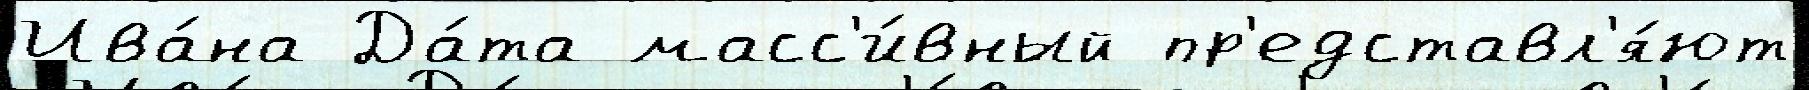
Ива́на Да́та масс'и́вный пр'едставл'я́ют